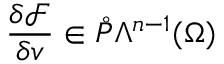
\frac { \delta \mathcal { F } } { \delta v } \in \mathring { P } \Lambda ^ { n - 1 } ( \Omega )